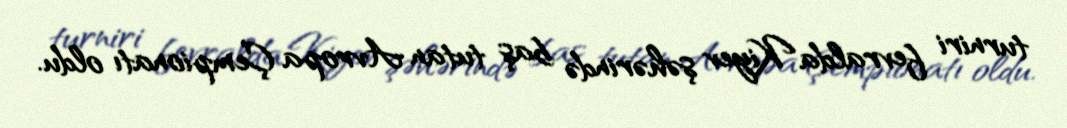
turniri fevralda Kiyev şəhərində baş tutan Avropa Çempionatı oldu.